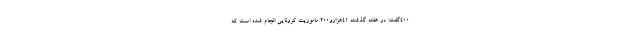
٤٠٠گفت: در هفته گذشته ٤١هزارو٢٠٠ ماموریت کرونایی انجام شده است که